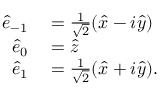
\begin{array} { r l } { \hat { e } _ { - 1 } } & { { } = \frac { 1 } { \sqrt { 2 } } ( \hat { x } - i \hat { y } ) } \\ { \hat { e } _ { 0 } } & { { } = \hat { z } } \\ { \hat { e } _ { 1 } } & { { } = \frac { 1 } { \sqrt { 2 } } ( \hat { x } + i \hat { y } ) . } \end{array}